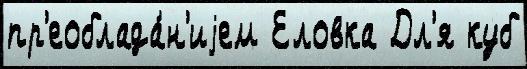
пр'еоблада́н'иjем Еловка Дл'я куб